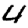
Digit: 4